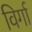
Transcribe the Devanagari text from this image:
विर्गा